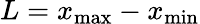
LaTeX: L=x_{\operatorname*{max}}-x_{\operatorname*{min}}